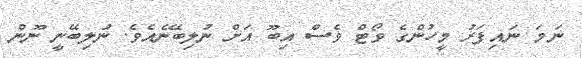
ނަމަ ނައިފަރު މީހުންގެ ވޯޓް ވެސް އިބޫ އަށް ނުލިބޭނެއެވެ. ނުލިބޭނީ ނޫން